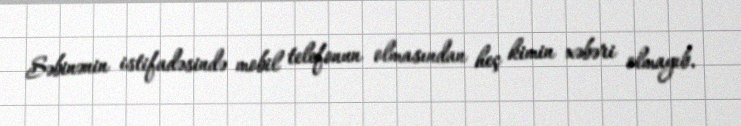
Səbinənin istifadəsində mobil telefonun olmasından heç kimin xəbəri olmayıb.